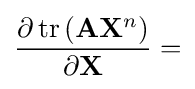
{\frac {\partial \operatorname {tr} \left(\mathbf {A} \mathbf {X} ^{n}\right)}{\partial \mathbf {X} }}=